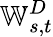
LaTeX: \mathbb{W}_{s,t}^{D}